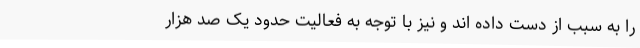
را به سبب از دست داده اند و نیز با توجه به فعالیت حدود یک صد هزار